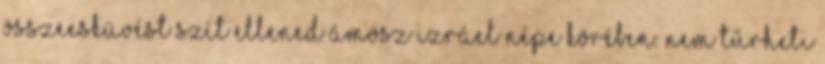
Összeesküvést szít ellened Ámósz Izráel népe körében. Nem tűrheti